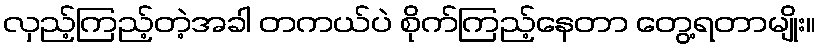
လှည့်ကြည့်တဲ့အခါ တကယ်ပဲ စိုက်ကြည့်နေတာ တွေ့ရတာမျိုး။